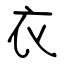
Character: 衣